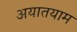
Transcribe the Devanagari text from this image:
अयातयाम